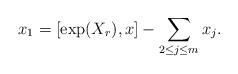
LaTeX: \begin{align*} x_1=[\exp(X_{r}),x]-\sum_{2\leq j\leq m} x_j.\end{align*}